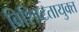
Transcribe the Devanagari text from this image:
विशिष्टतायुक्त